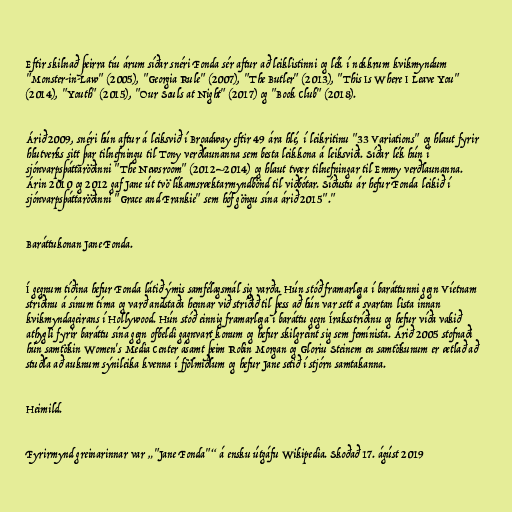
Eftir skilnað þeirra tíu árum síðar snéri Fonda sér aftur að leiklistinni og lék í nokkrum kvikmyndum
"Monster-in-Law" (2005), "Georgia Rule" (2007), "The Butler" (2013), "This Is Where I Leave You"
(2014), "Youth" (2015), "Our Souls at Night" (2017) og "Book Club" (2018).

Árið 2009, snéri hún aftur á leiksvið í Broadway eftir 49 ára hlé, í leikritinu "33 Variations" og hlaut fyrir
hlutverks sitt þar tilnefningu til Tony verðlaunanna sem besta leikkona á leiksviði. Síðar lék hún í
sjónvarpsþáttaröðinni "The Newsroom" (2012–2014) og hlaut tvær tilnefningar til Emmy verðlaunanna.
Árin 2010 og 2012 gaf Jane út tvö líkamsræktarmyndbönd til viðbótar. Síðustu ár hefur Fonda leikið í
sjónvarpsþáttaröðinni "Grace and Frankie" sem hóf göngu sína árið 2015"."

Baráttukonan Jane Fonda.

Í gegnum tíðina hefur Fonda látið ýmis samfélagsmál sig varða. Hún stóð framarlega í baráttunni gegn Víetnam
stríðinu á sínum tíma og varð andstaða hennar við stríðið til þess að hún var sett á svartan lista innan
kvikmyndageirans í Hollywood. Hún stóð einnig framarlega í baráttu gegn Íraksstríðinu og hefur víða vakið
athygli fyrir baráttu sína gegn ofbeldi gagnvart konum og hefur skilgreint sig sem femínista. Árið 2005 stofnaði
hún samtökin Women's Media Center ásamt þeim Robin Morgan og Gloriu Steinem en samtökunum er ætlað að
stuðla að auknum sýnileika kvenna í fjölmiðlum og hefur Jane setið í stjórn samtakanna.

Heimild.

Fyrirmynd greinarinnar var „"Jane Fonda"“ á ensku útgáfu Wikipedia. Skoðað 17. ágúst 2019